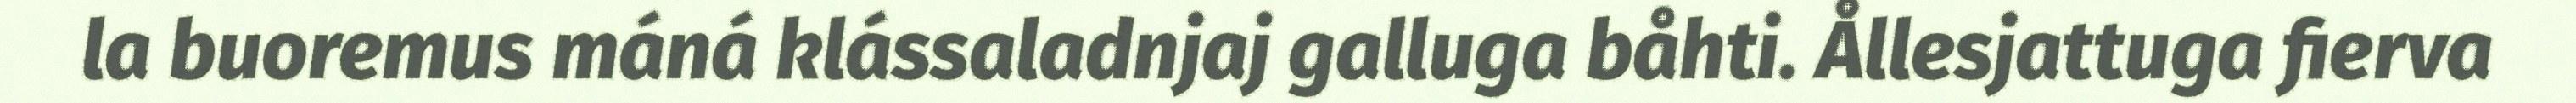
la buoremus máná klássaladnjaj galluga båhti. Ållesjattuga fierva